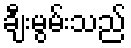
ချီးမွမ်းသည်